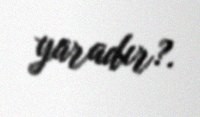
yaradır?.